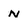
Character: n